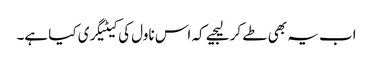
اب یہ بھی طے کر لیجیے کہ اس ناول کی کیٹیگری کیا ہے۔